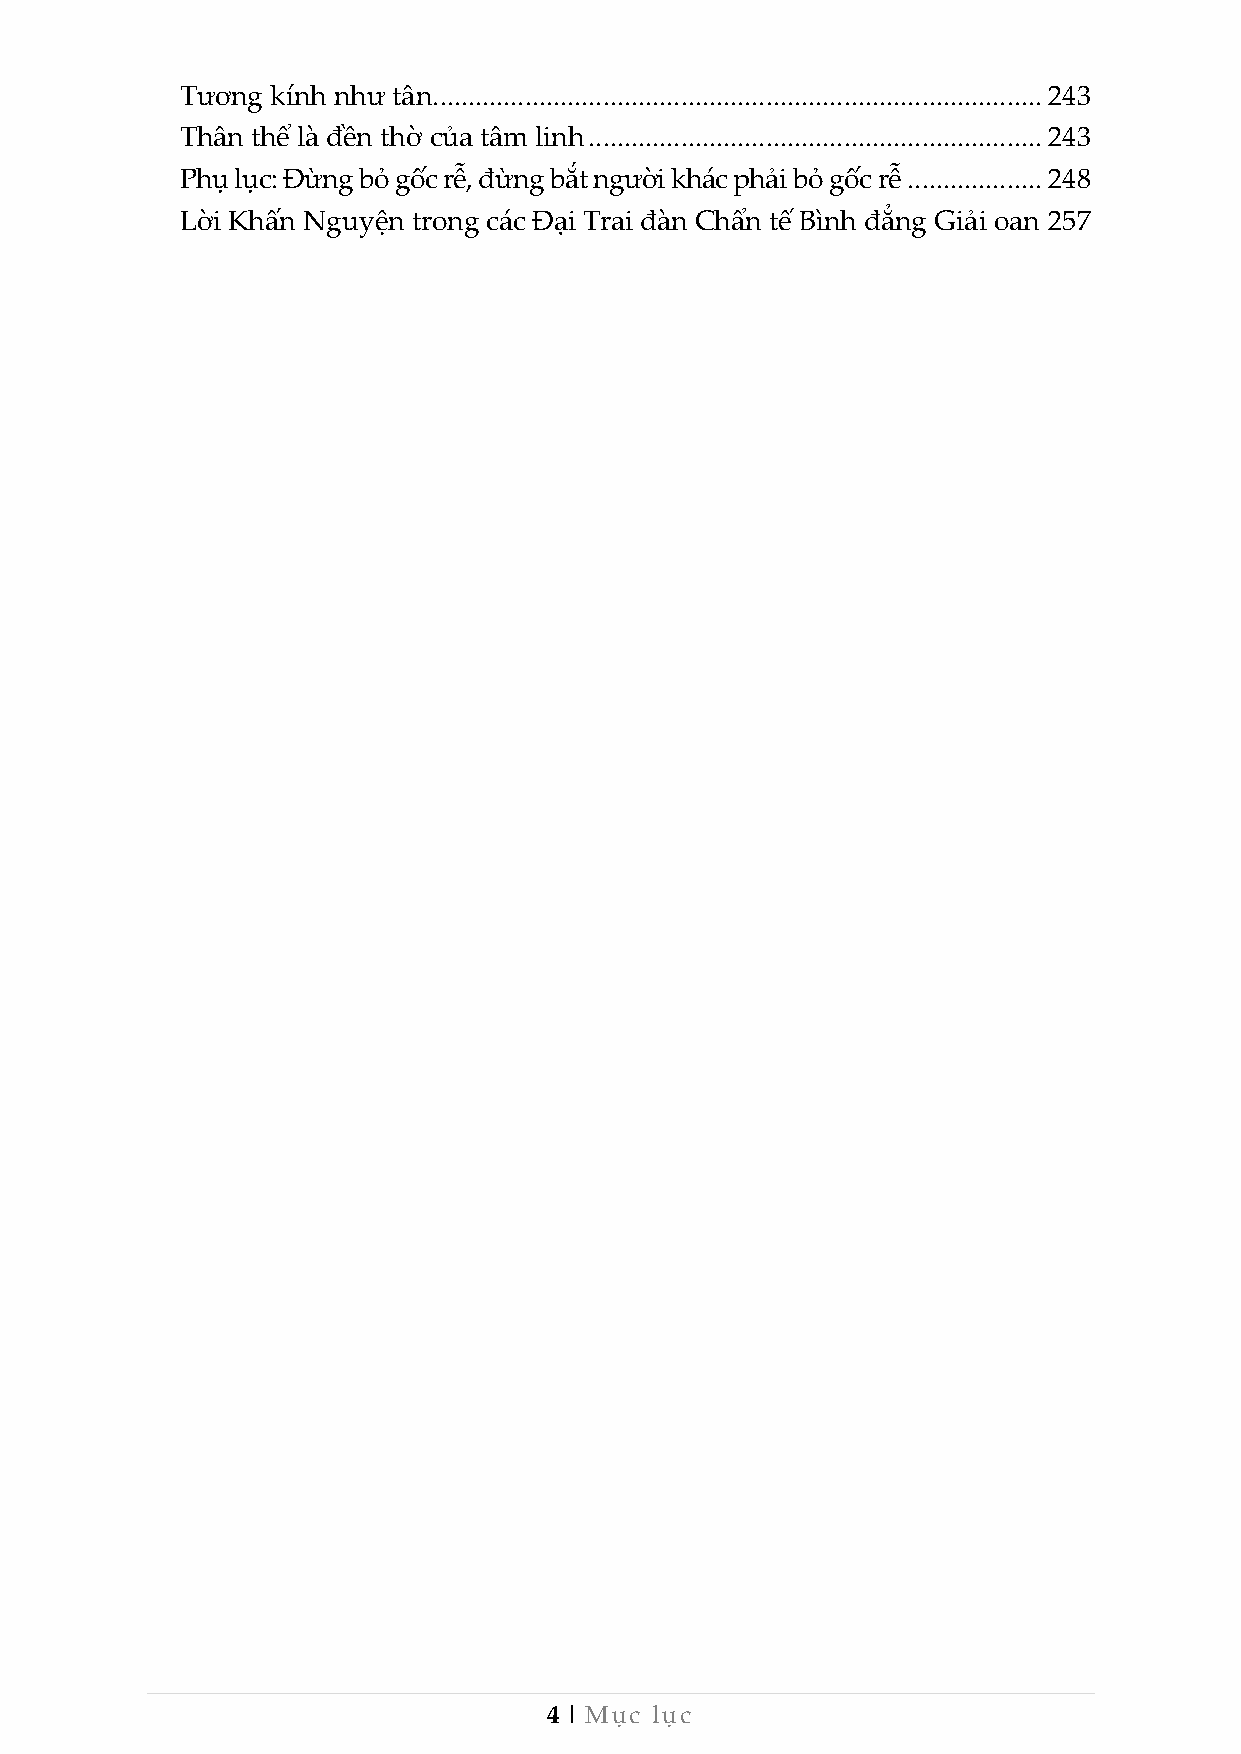
Tương kính như tân ...................................................................................... 243
 Thân thể là đền thờ của tâm linh ................................................................ 243
 Phụ lục: Đừng bỏ gốc rễ, đừng bắt người khác phải bỏ gốc rễ ................... 248
 Lời Khấn Nguyện trong các Đại Trai đàn Chẩn tế Bình đẳng Giải oan 257
 4 | Mục lục